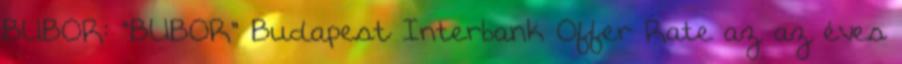
BUBOR: "BUBOR" Budapest Interbank Offer Rate az az éves